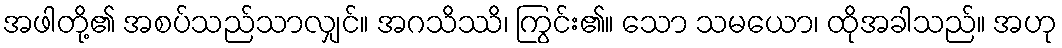
အဖါတို့၏ အစပ်သည်သာလျှင်။ အဂသိဿိ၊ ကြွင်း၏။ သော သမယော၊ ထိုအခါသည်။ အဟု